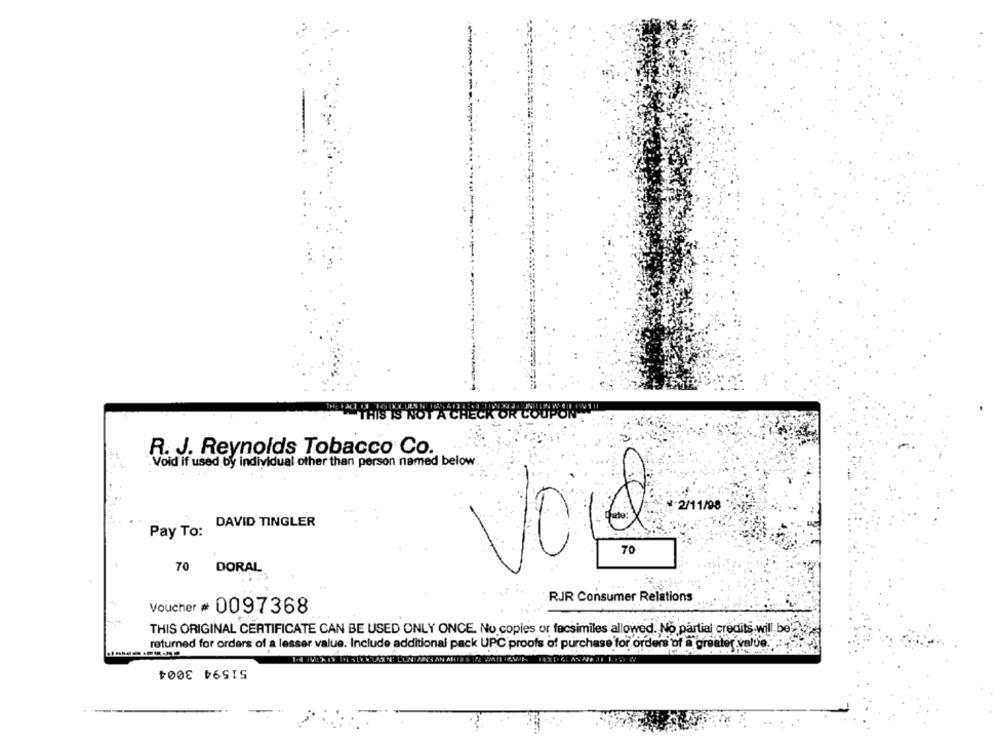
R. J. Reynolds Tobacco Co.
Void if used by individual other than person named below.
* 2/11/98
DAVID TINGLER
Pay To:
10
70
70
DORAL
RJR Consumer Relations
Voucher # 0097368
THIS ORIGINAL CERTIFICATE CAN BE USED ONLY ONCE. No copies or facsimiles allowed. No partial credits will be'2.
returned for orders of a lesser value. Include additional pack UPC proofs of purchase for orders of a greater value.
51594 3004